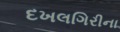
દખલગિરીના